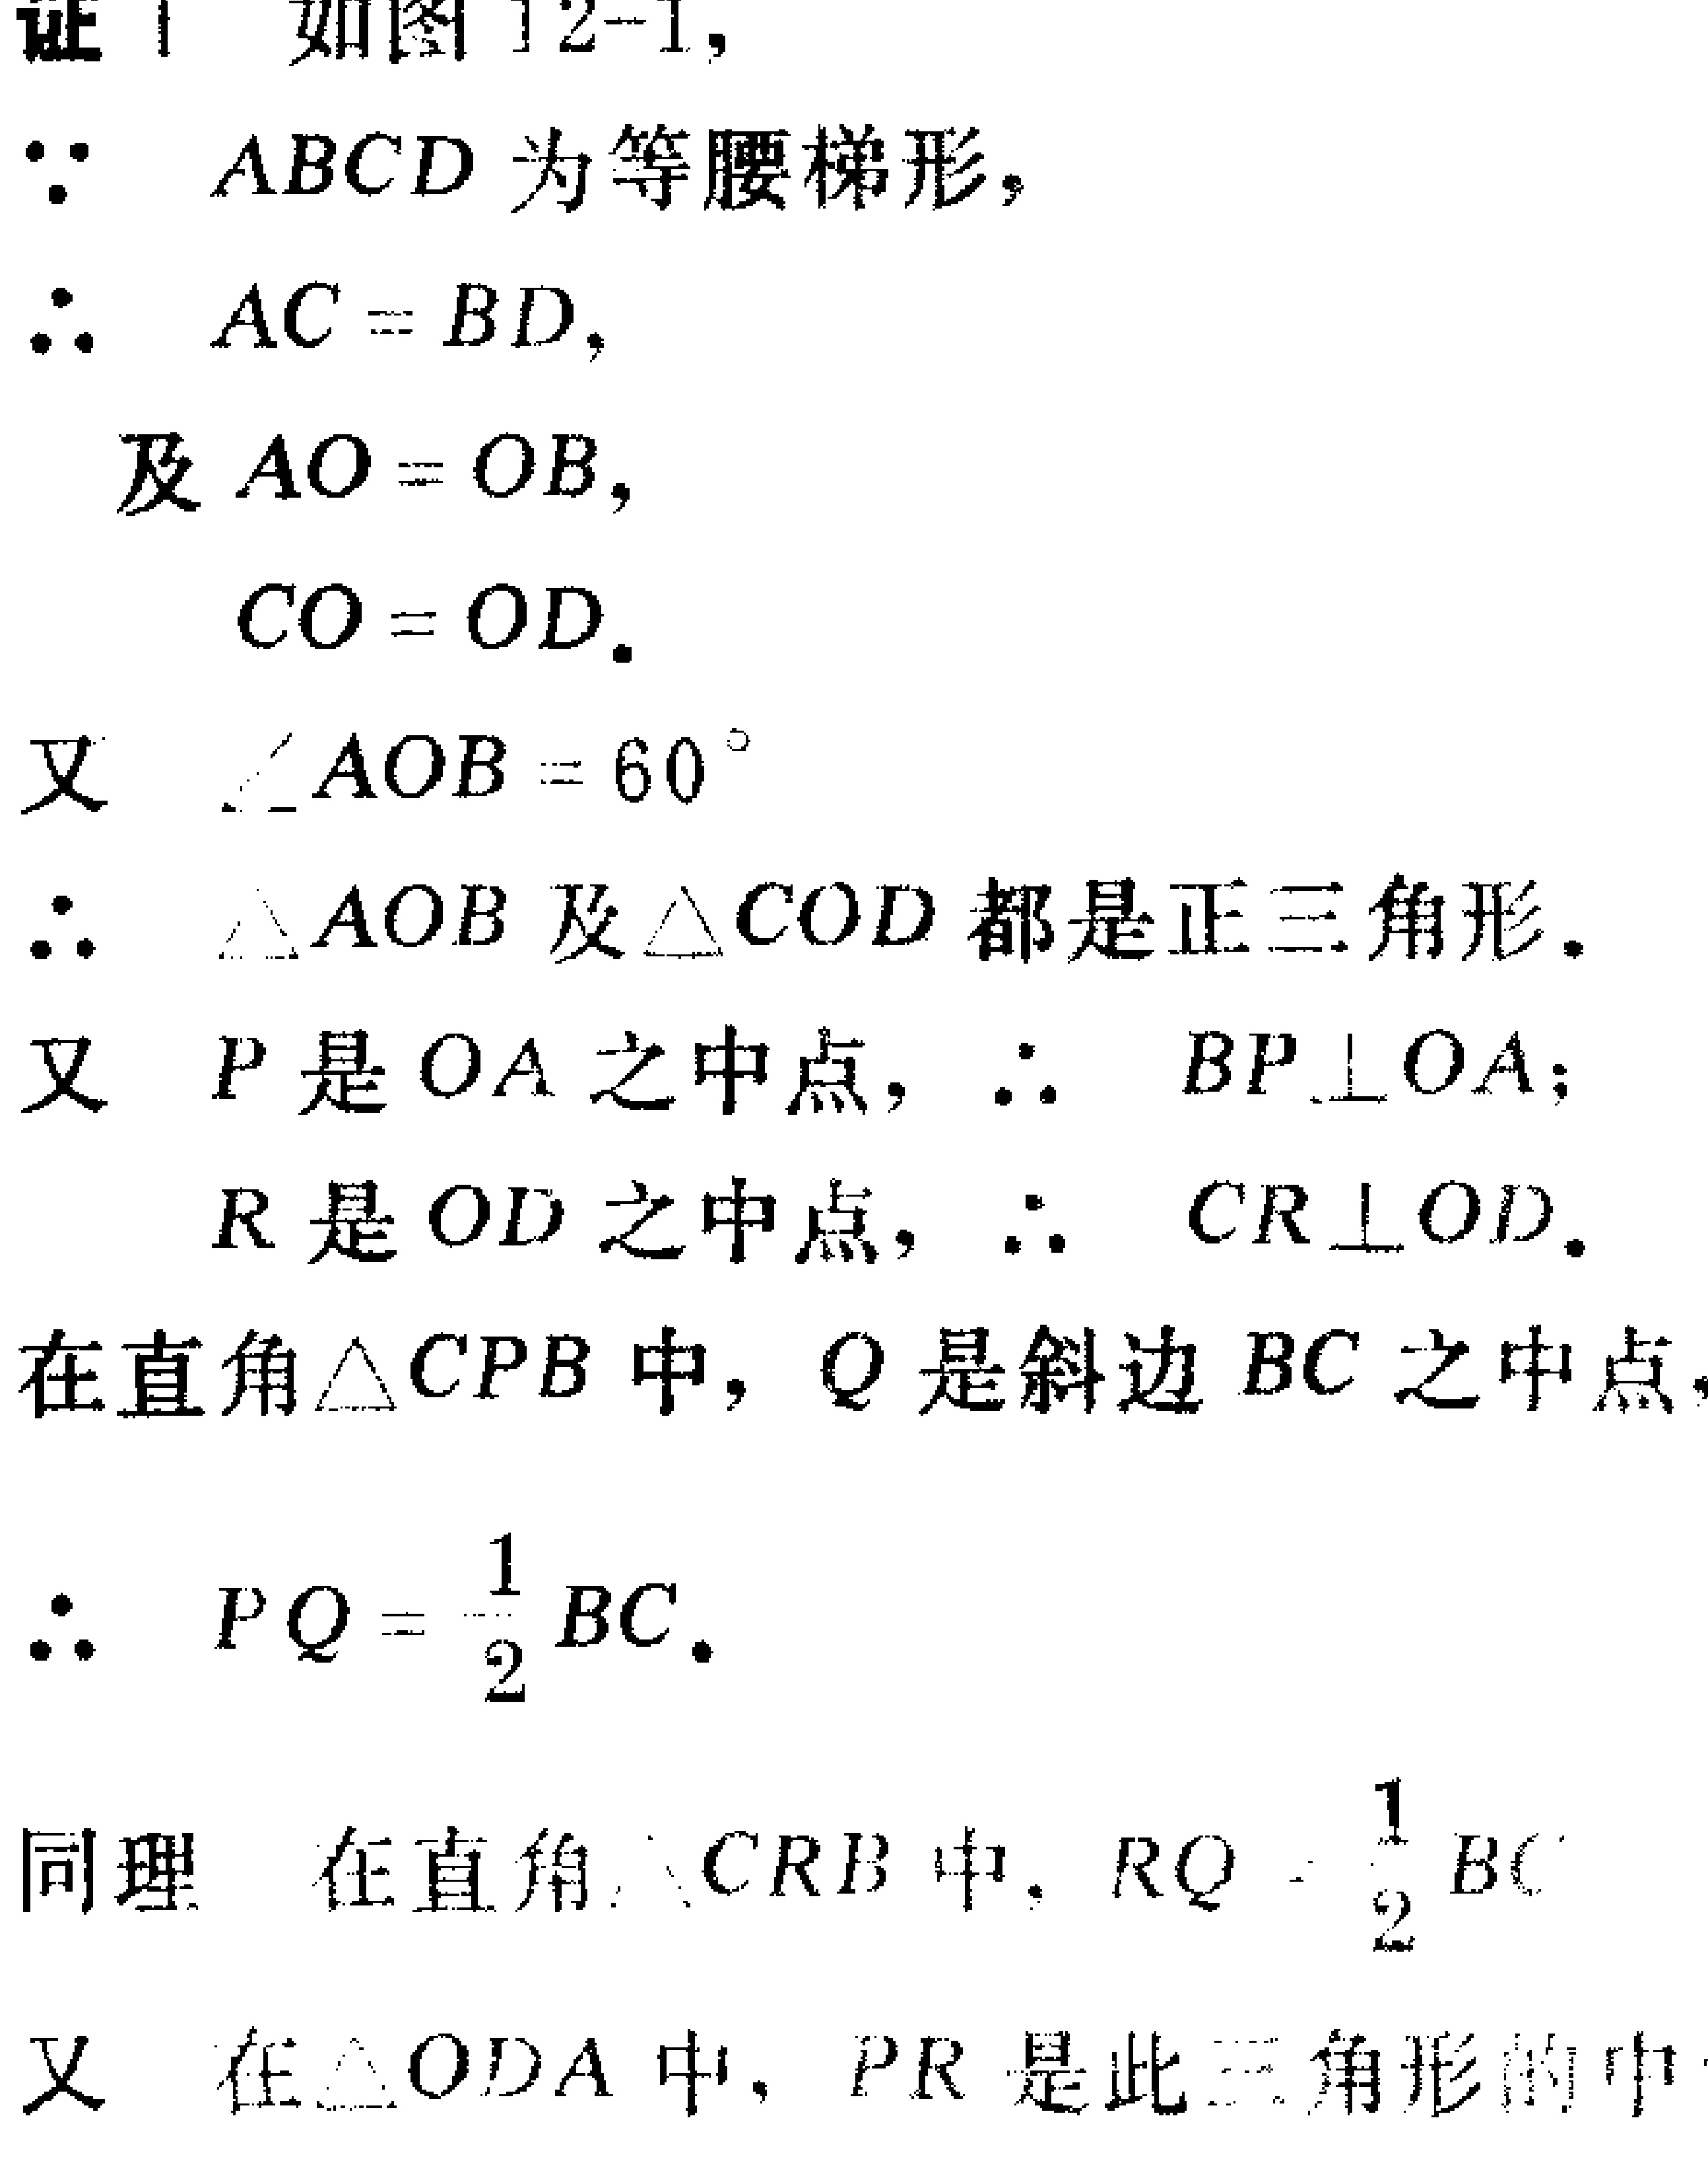
证：如图12-1,

\(\because ABCD\)为等腰梯形，

\(\therefore AC = BD\)，

及 \(AO = OB\)，

\(CO = OD\).

又 \(\angle AOB = 60^{\circ}\)

\(\therefore \triangle AOB\)及\(\triangle COD\)都是正三角形.

又 \(P\)是 \(OA\)之中点，\(\therefore BP\perp OA\)；

\(R\)是 \(OD\)之中点，\(\therefore CR\perp OD\).

在直角\(\triangle CPB\)中，\(Q\)是斜边 \(BC\)之中点，

\(\therefore PQ=\frac{1}{2}BC\).

\(\therefore PQ = \frac{1}{2}BC\).

同理 在直角\(\triangle CRB\)中，\(RQ=\frac{1}{2}BC\)

又 在\(\triangle ODA\)中，\(PR\)是此三角形的中